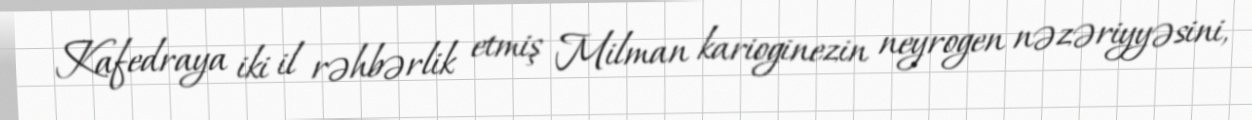
Kafedraya iki il rəhbərlik etmiş Milman karioginezin neyrogen nəzəriyyəsini,